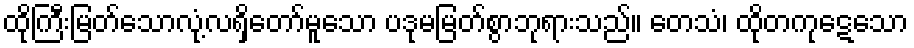
ထိုကြီးမြတ်သောလုံ့လရှိတော်မူသော ပဒုမမြတ်စွာဘုရားသည်။ တေသံ၊ ထိုတကုဋေသော